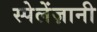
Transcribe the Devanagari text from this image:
स्पेलेंज़ानी